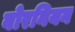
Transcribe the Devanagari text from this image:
बोरनियन